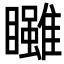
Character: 𥍃